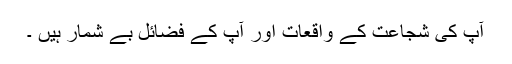
آپ کی شجاعت کے واقعات اور آپ کے فضائل بے شمار ہیں ۔